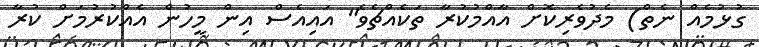
ގުޅުމެއް ނެތް) މެދުވެރިކޮށް އާއްމުކުރާ ތަކެއްޗެވެ" އައިއެސް އިން މީހުން އެއްކުރުމަށް ކުރާ